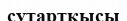
сутартқысы